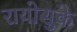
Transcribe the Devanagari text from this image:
रायोसुके